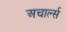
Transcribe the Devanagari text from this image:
अचार्ल्स